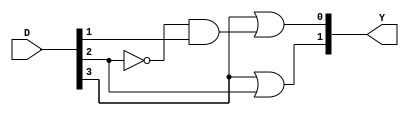
module Priority_Encoder_Structural(
  input [3:0] D,
  output [1:0] Y
);
  wire w1, w2;
  or(Y[1], D[3], D[2]);
  not(w1, D[2]);
  and(w2, w1, D[1]);
  or(Y[0], D[3], w2);
endmodule